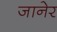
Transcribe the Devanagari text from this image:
जानेर